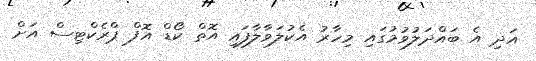
އަދި އެ ބައްދަލުވުމުގައި މިހާރު އެކުލަވާލާފައި އޮތް ކޯޑް އޮފް ޕްރެކްޓިސް އަށް